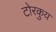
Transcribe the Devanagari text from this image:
टोरकुय